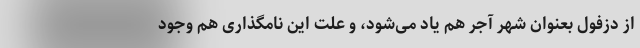
از دزفول بعنوان شهر آجر هم یاد می‌شود، و علت این نامگذاری هم وجود